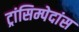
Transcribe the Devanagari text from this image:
ट्रांसिम्पेदांस